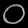
Digit: ၀